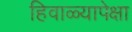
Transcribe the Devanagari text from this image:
हिवाळ्यापेक्षा